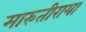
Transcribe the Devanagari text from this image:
मारुतीराया